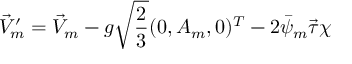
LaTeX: \vec { V } _ { m } ^ { \prime } = \vec { V } _ { m } - g \sqrt { \frac { 2 } { 3 } } ( 0 , A _ { m } , 0 ) ^ { T } - 2 \bar { \psi } _ { m } \vec { \tau } \chi